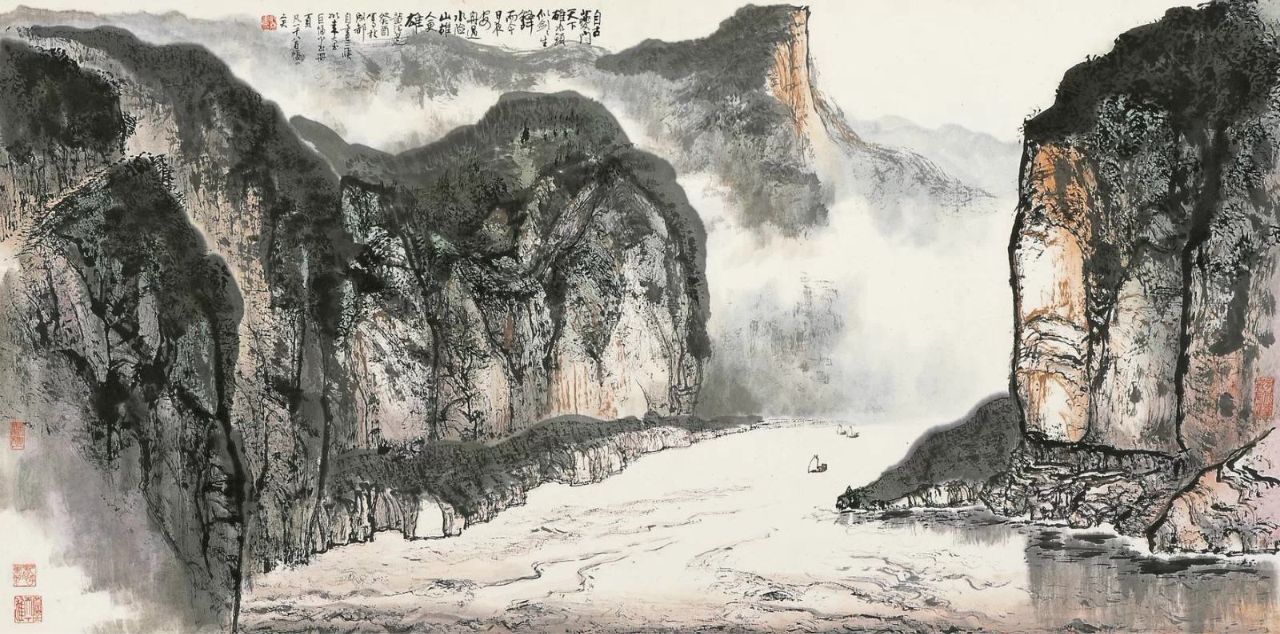
东边日出西边雨，道是无晴却有晴。